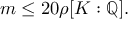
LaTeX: m \leq 2 0 \rho [ K : \mathbb { Q } ] .